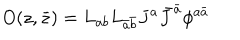
O ( z , \bar { z } ) = L _ { a b } L _ { \bar { a } \bar { b } } J ^ { a } \bar { J } ^ { \bar { a } } \phi ^ { a \bar { a } }